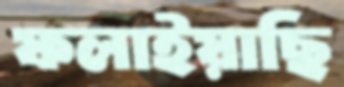
ফলাইয়াছি